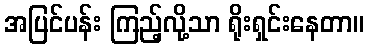
အပြင်ပန်း ကြည့်လို့သာ ရိုးရှင်းနေတာ။